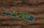
هاتفت